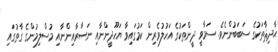
ޙާދިޘާތަކުގެ ސަބަބުންނެވެ. ސަމާވީ ދީންތަކުގެ އަހުލުވެރިން ކަމުގައިވާ ޔަހޫދީންނާއި ނަޞާރާއިންނާއި މުސްލިމުންގެ ގާތުގައި